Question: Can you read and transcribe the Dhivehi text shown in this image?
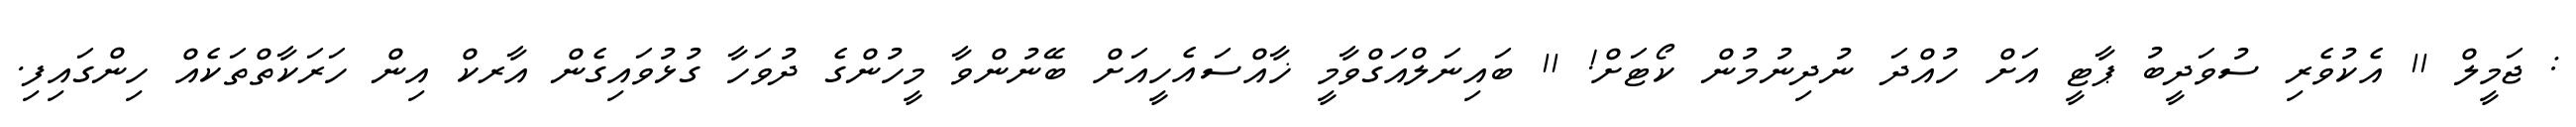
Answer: : ޖަމީލް 11 އެކުވެރި ސުވަދީބު ޕާޓީ އަށް ހުއްދަ ނުދިނުމުން ކޯޓަށް! 11 ބައިނަލްއަގްވާމީ ޚާއްސައެހީއަށް ބޭނުންވާ މީހުންގެ ދުވަހާ ގުޅުވައިގެން އާރކް އިން ހަރަކާތްތަކެއް ހިންގައިފި.